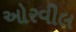
ઓરવીલ